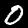
Digit: 0